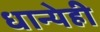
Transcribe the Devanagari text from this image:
धान्येही